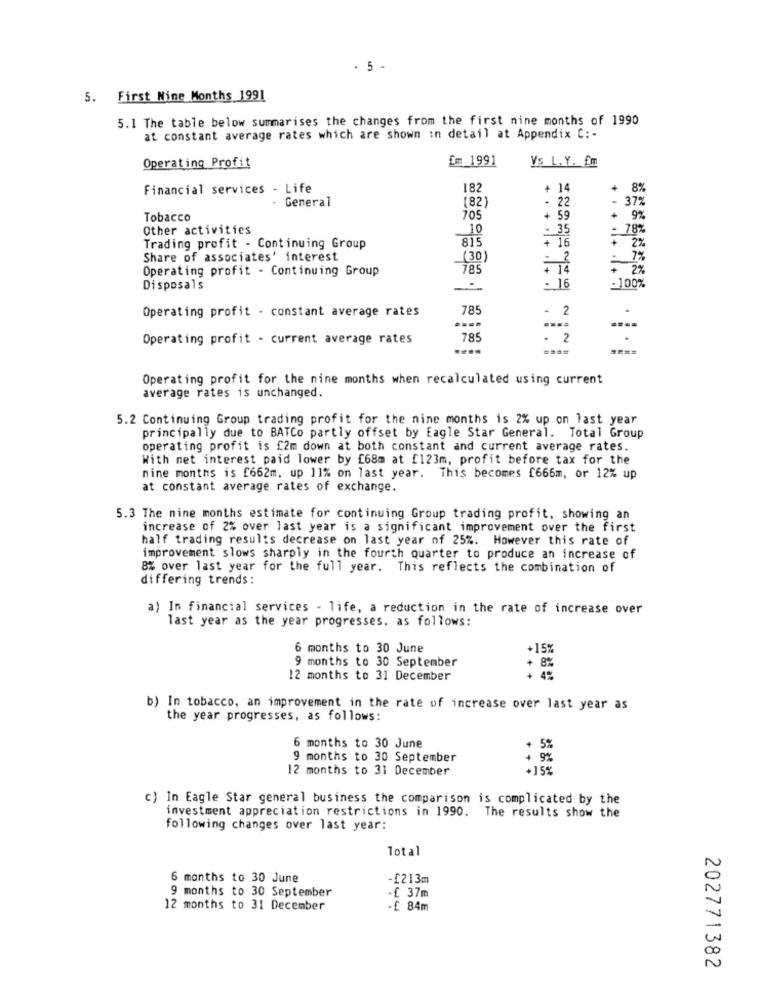
. 5 -
5. First Nine Months 1991
5.1 The table below summarises the changes from the first nine months of 1990
at constant average rates which are shown in detail at Appendix C :-
Em 1991
Vs L. Y. fm
Operating Profit
Financial services - Life
182
+ 14
+ 8%
. General
(82)
22
- 37%
Tobacco
705
+ 59
+ 9%
Other activities
10
: 35
: 78%
815
+ 16
Trading profit - Continuing Group
2%
Share of associates' interest
(30)
7%
Operating profit - Continuing Group
785
Disposals
- 16
:100%
78
- 2
.
Operating profit - constant average rates
Operating profit - current average rates
785
.
2
====
Operating profit for the nine months when recalculated using current
average rates is unchanged.
5.2 Continuing Group trading profit for the nine months is 2% up on last year
principally due to BATCo partly offset by Eagle Star General. Total Group
operating profit is £2m down at both constant and current average rates.
With net interest paid lower by £68m at £123m, profit before tax for the
nine months is f662m. up 11% on last year. This becomes [666m, or 12% up
at constant average rates of exchange.
5.3 The nine months estimate for continuing Group trading profit, showing an
increase of 2% over last year is a significant improvement over the first
half trading results decrease on last year of 25%. However this rate of
improvement slows sharply in the fourth quarter to produce an increase of
8% over last year for the full year. This reflects the combination of
differing trends:
a) In financial services - life, a reduction in the rate of increase over
last year as the year progresses. as follows:
6 months to 30 June
+15%
9 months to 30 September
8%
12 months to 31 December
4%
b) In tobacco, an improvement in the rate of increase over last year as
the year progresses, as follows:
6 months to 30 June
+ 5%
9 months to 30 September
+ 9%
12 months to 31 December
+15%
c) In Eagle Star general business the comparison is complicated by the
investment appreciation restrictions in 1990. The results show the
following changes over last year:
Total
6 months to 30 June
-£213m
9 months to 30 September
.£ 37m
12 months to 31 December
£ 84m
202771382